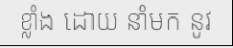
ខ្លាំង ដោយ នាំមក នូវ